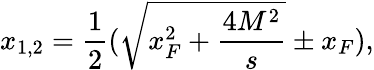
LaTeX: x_{1,2}=\frac{1}{2}(\sqrt{x_{F}^{2}+\frac{4M^{2}}{s}}\pm x_{F}),